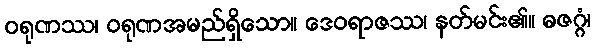
ဝရုဏဿ၊ ဝရုဏအမည်ရှိသော။ ဒေဝရာဇဿ၊ နတ်မင်း၏။ ဓဇဂ္ဂံ၊